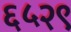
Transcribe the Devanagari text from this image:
६५२९